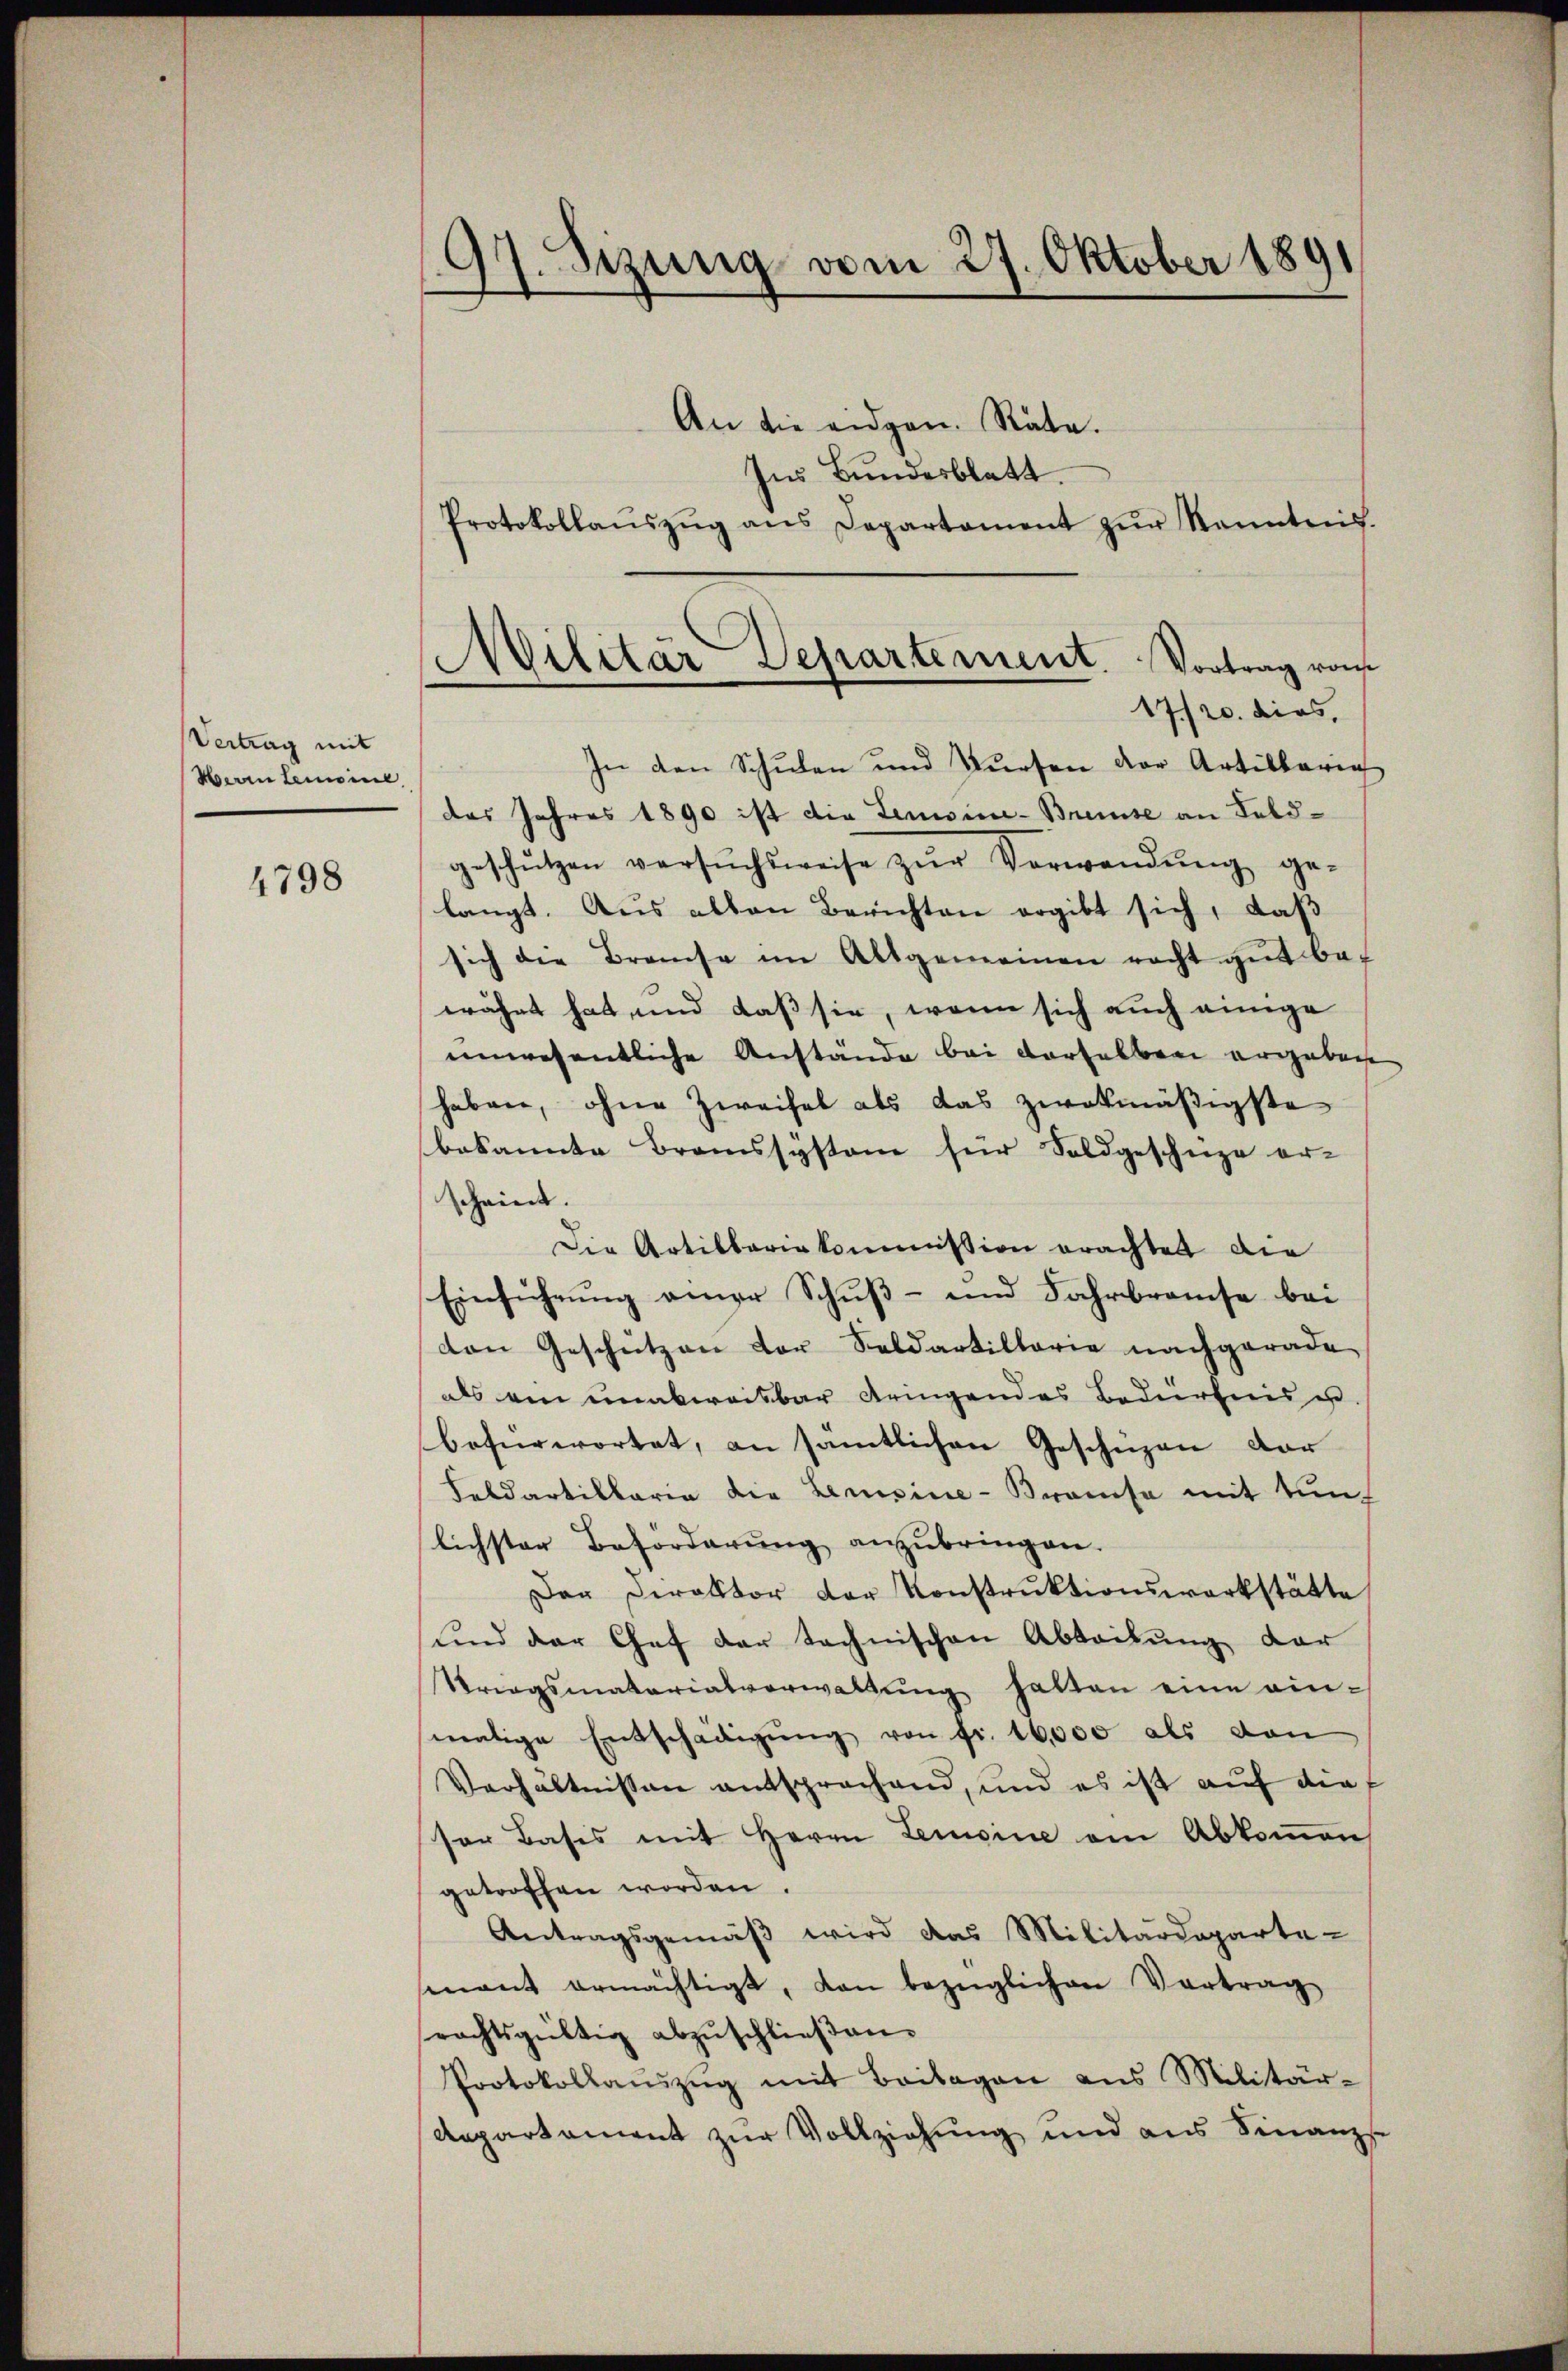
Vertrag mit
Herrn Lemoine

4798

97. Sizung vom 27. Oktober 1891

Militär Departement. Vortrag vom
e
17/20. dies,

An die eidgen. Räte.
Ins Bundesblatt
Protokollaŭszŭg ans Departement zŭr Kenntnis.
In den Schulen und Kursen der Artillarie
das Jahres 1890 ist die Lemoine-Breuse an Feldgeschützen versŭchsweise zŭr Verwendŭng ge-
langt. Aus alten Berichten ergibt sich, daß
sich die Branche im Altgemeinen racht gut bef
währt hat und daß sie, wenn sich auch einige
unwesentliche Anstände bei derselben ergeben
haben, ohne Zweifel als das zwekmäßigste
bekannte Bramssysteme für Soldgeschüze er-
scheint.
Die Artillariekommission erachtet die
Einführung einer Schuß- und Fahrbrauche bei
den Geschützen der Soldartillarie nachgerade
als ein unabweisbar dringendes Bedürfnis u.
befürwortet, an sämtlichen Geschüzen dar
Feldartillaria die Lemsine-Bramse mit tunf
lichster Beforderung anzŭbringen.
Der Direktor der Konstruktionswerkstätte
und der Chef der technischen Abteilung dar
Kriegsmaterialverwaltŭng hatten eine ein-
malige Entschädigŭng von fr. 16,000 als von
Verhältnissen entsprochend, und es ist auf die f
sor Basis mit Herrn Lemoine am Abkommen
getroffen worden.
Antragsgemäβ wird das Militärdeparte
mnant ermächtigt, dan bezüglichen Vortrag
rechtsgültig abzuschließen.
Protokollaŭszŭg mit Beilagen ans Militär-
departement zur Vollziehung und aus Finanz